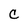
Character: C